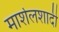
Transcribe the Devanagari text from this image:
मार्शलशादी